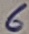
Text: 6